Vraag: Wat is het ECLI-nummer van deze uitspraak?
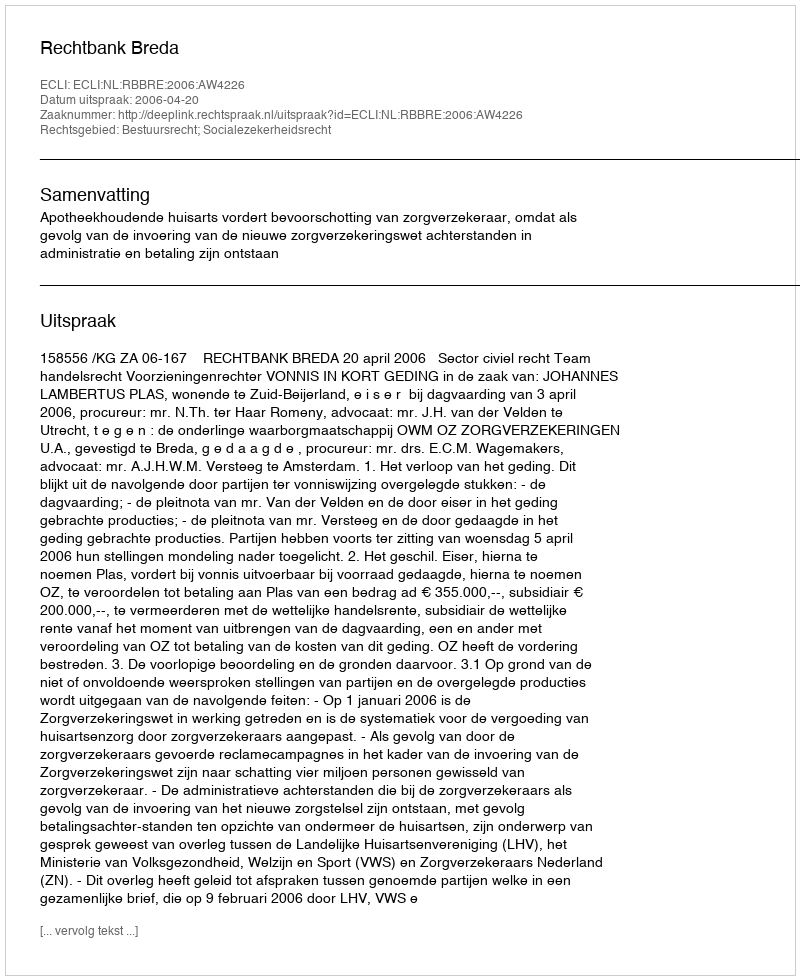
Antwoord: ECLI:NL:RBBRE:2006:AW4226